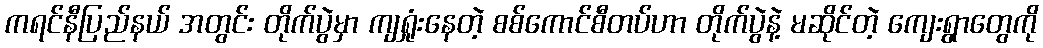
ကရင်နီပြည်နယ် အတွင်း တိုက်ပွဲမှာ ကျရှုံးနေတဲ့ စစ်ကောင်စီတပ်ဟာ တိုက်ပွဲနဲ့ မဆိုင်တဲ့ ကျေးရွာတွေကို